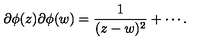
\partial \phi ( z ) \partial \phi ( w ) = \frac { 1 } { ( z - w ) ^ { 2 } } + \cdots .